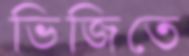
ভিজিতে